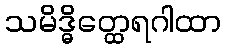
သမိဒ္ဓိတ္ထေရဂါထာ